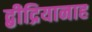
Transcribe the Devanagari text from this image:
द्बीद्रियानाह